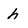
Character: h